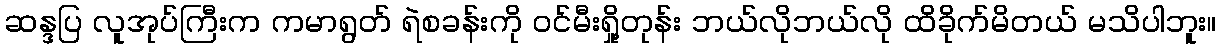
ဆန္ဒပြ လူအုပ်ကြီးက ကမာရွတ် ရဲစခန်းကို ဝင်မီးရှို့တုန်း ဘယ်လိုဘယ်လို ထိခိုက်မိတယ် မသိပါဘူး။